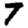
Digit: 7